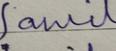
Signature authenticity: forged